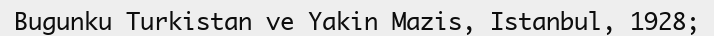
Bugunku Turkіstan ve Yakіn Mazіs, Istanbul, 1928;